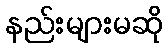
နည်းများမဆို